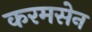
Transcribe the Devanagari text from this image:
करमसेन